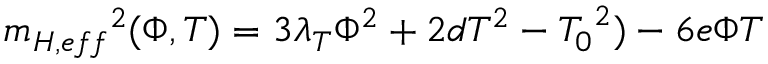
{ m _ { H , e f f } } ^ { 2 } ( \Phi , T ) = 3 { \lambda } _ { T } { \Phi } ^ { 2 } + 2 d T ^ { 2 } - { T _ { 0 } } ^ { 2 } ) - 6 e \Phi T